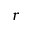
r